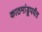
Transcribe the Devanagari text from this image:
काठमांडूपर्यंत